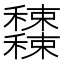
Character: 𥤕